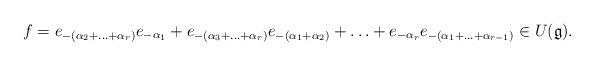
LaTeX: \begin{align*}f = e_{-(\alpha_2 + \ldots + \alpha_r)} e_{-\alpha_1} + e_{-(\alpha_3 + \ldots + \alpha_r)} e_{-(\alpha_1 + \alpha_2)} + \ldots + e_{-\alpha_r} e_{-(\alpha_1 + \ldots + \alpha_{r-1})} \in U(\mathfrak g).\end{align*}